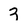
Character: 3